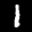
Label: 1